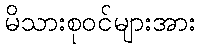
မိသားစုဝင်များအား